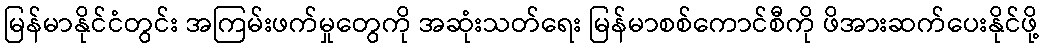
မြန်မာနိုင်ငံတွင်း အကြမ်းဖက်မှုတွေကို အဆုံးသတ်ရေး မြန်မာစစ်ကောင်စီကို ဖိအားဆက်ပေးနိုင်ဖို့